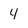
Character: y